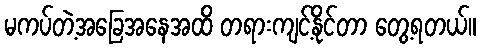
မကပ်တဲ့အခြေအနေအထိ တရားကျင့်နိုင်တာ တွေ့ရတယ်။